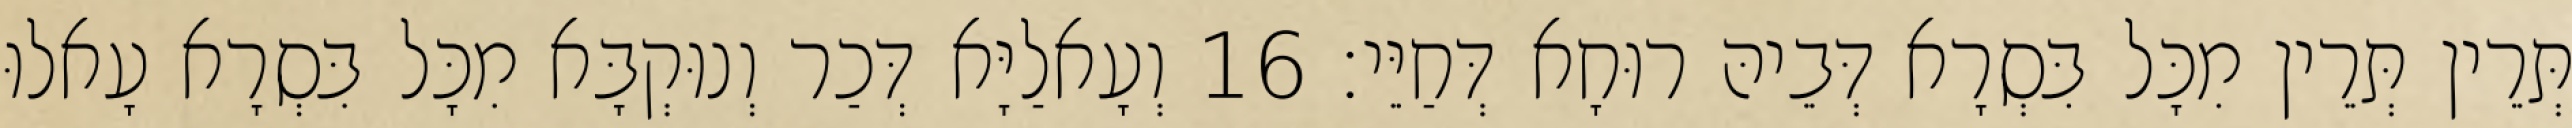
תְּרֵין תְּרֵין מִכָּל בִּסְרָא דְּבֵיהּ רוּחָא דְּחַיֵּי׃ 16 וְעָאלַיָּא דְּכַר וְנוּקְבָּא מִכָּל בִּסְרָא עָאלוּ